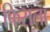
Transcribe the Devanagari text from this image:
फिसला